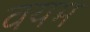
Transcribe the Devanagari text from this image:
वयम